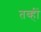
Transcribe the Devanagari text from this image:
तब्हीं